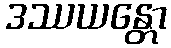
ဒဿယန္တော